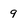
Character: 9